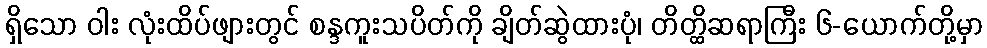
ရှိသော ဝါး လုံးထိပ်ဖျားတွင် စန္ဒကူးသပိတ်ကို ချိတ်ဆွဲထားပုံ၊ တိတ္ထိဆရာကြီး ၆-ယောက်တို့မှာ